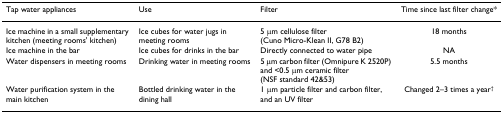
<table><thead><tr><td><b>Tap water appliances</b></td><td><b>Use</b></td><td><b>Filter</b></td><td><b>Time since last filter change*</b></td></tr></thead><tbody><tr><td>Ice machine in a small supplementary kitchen (meeting rooms&#x27; kitchen)</td><td>Ice cubes for water jugs in meeting rooms</td><td>5 μm cellulose filter (Cuno Micro-Klean II, G78 B2)</td><td>18 months</td></tr><tr><td>Ice machine in the bar</td><td>Ice cubes for drinks in the bar</td><td>Directly connected to water pipe</td><td>NA</td></tr><tr><td>Water dispensers in meeting rooms</td><td>Drinking water in meeting rooms</td><td>5 μm carbon filter (Omnipure K 2520P) and &lt;0.5 μm ceramic filter (NSF standard 42&amp;53)</td><td>5.5 months</td></tr><tr><td>Water purification system in the main kitchen</td><td>Bottled drinking water in the dining hall</td><td>1 μm particle filter and carbon filter, and an UV filter</td><td>Changed 2–3 times a year<sup>†</sup></td></tr></tbody></table>